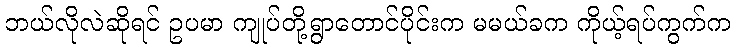
ဘယ်လိုလဲဆိုရင် ဥပမာ ကျုပ်တို့ရွာတောင်ပိုင်းက မမယ်ခက ကိုယ့်ရပ်ကွက်က